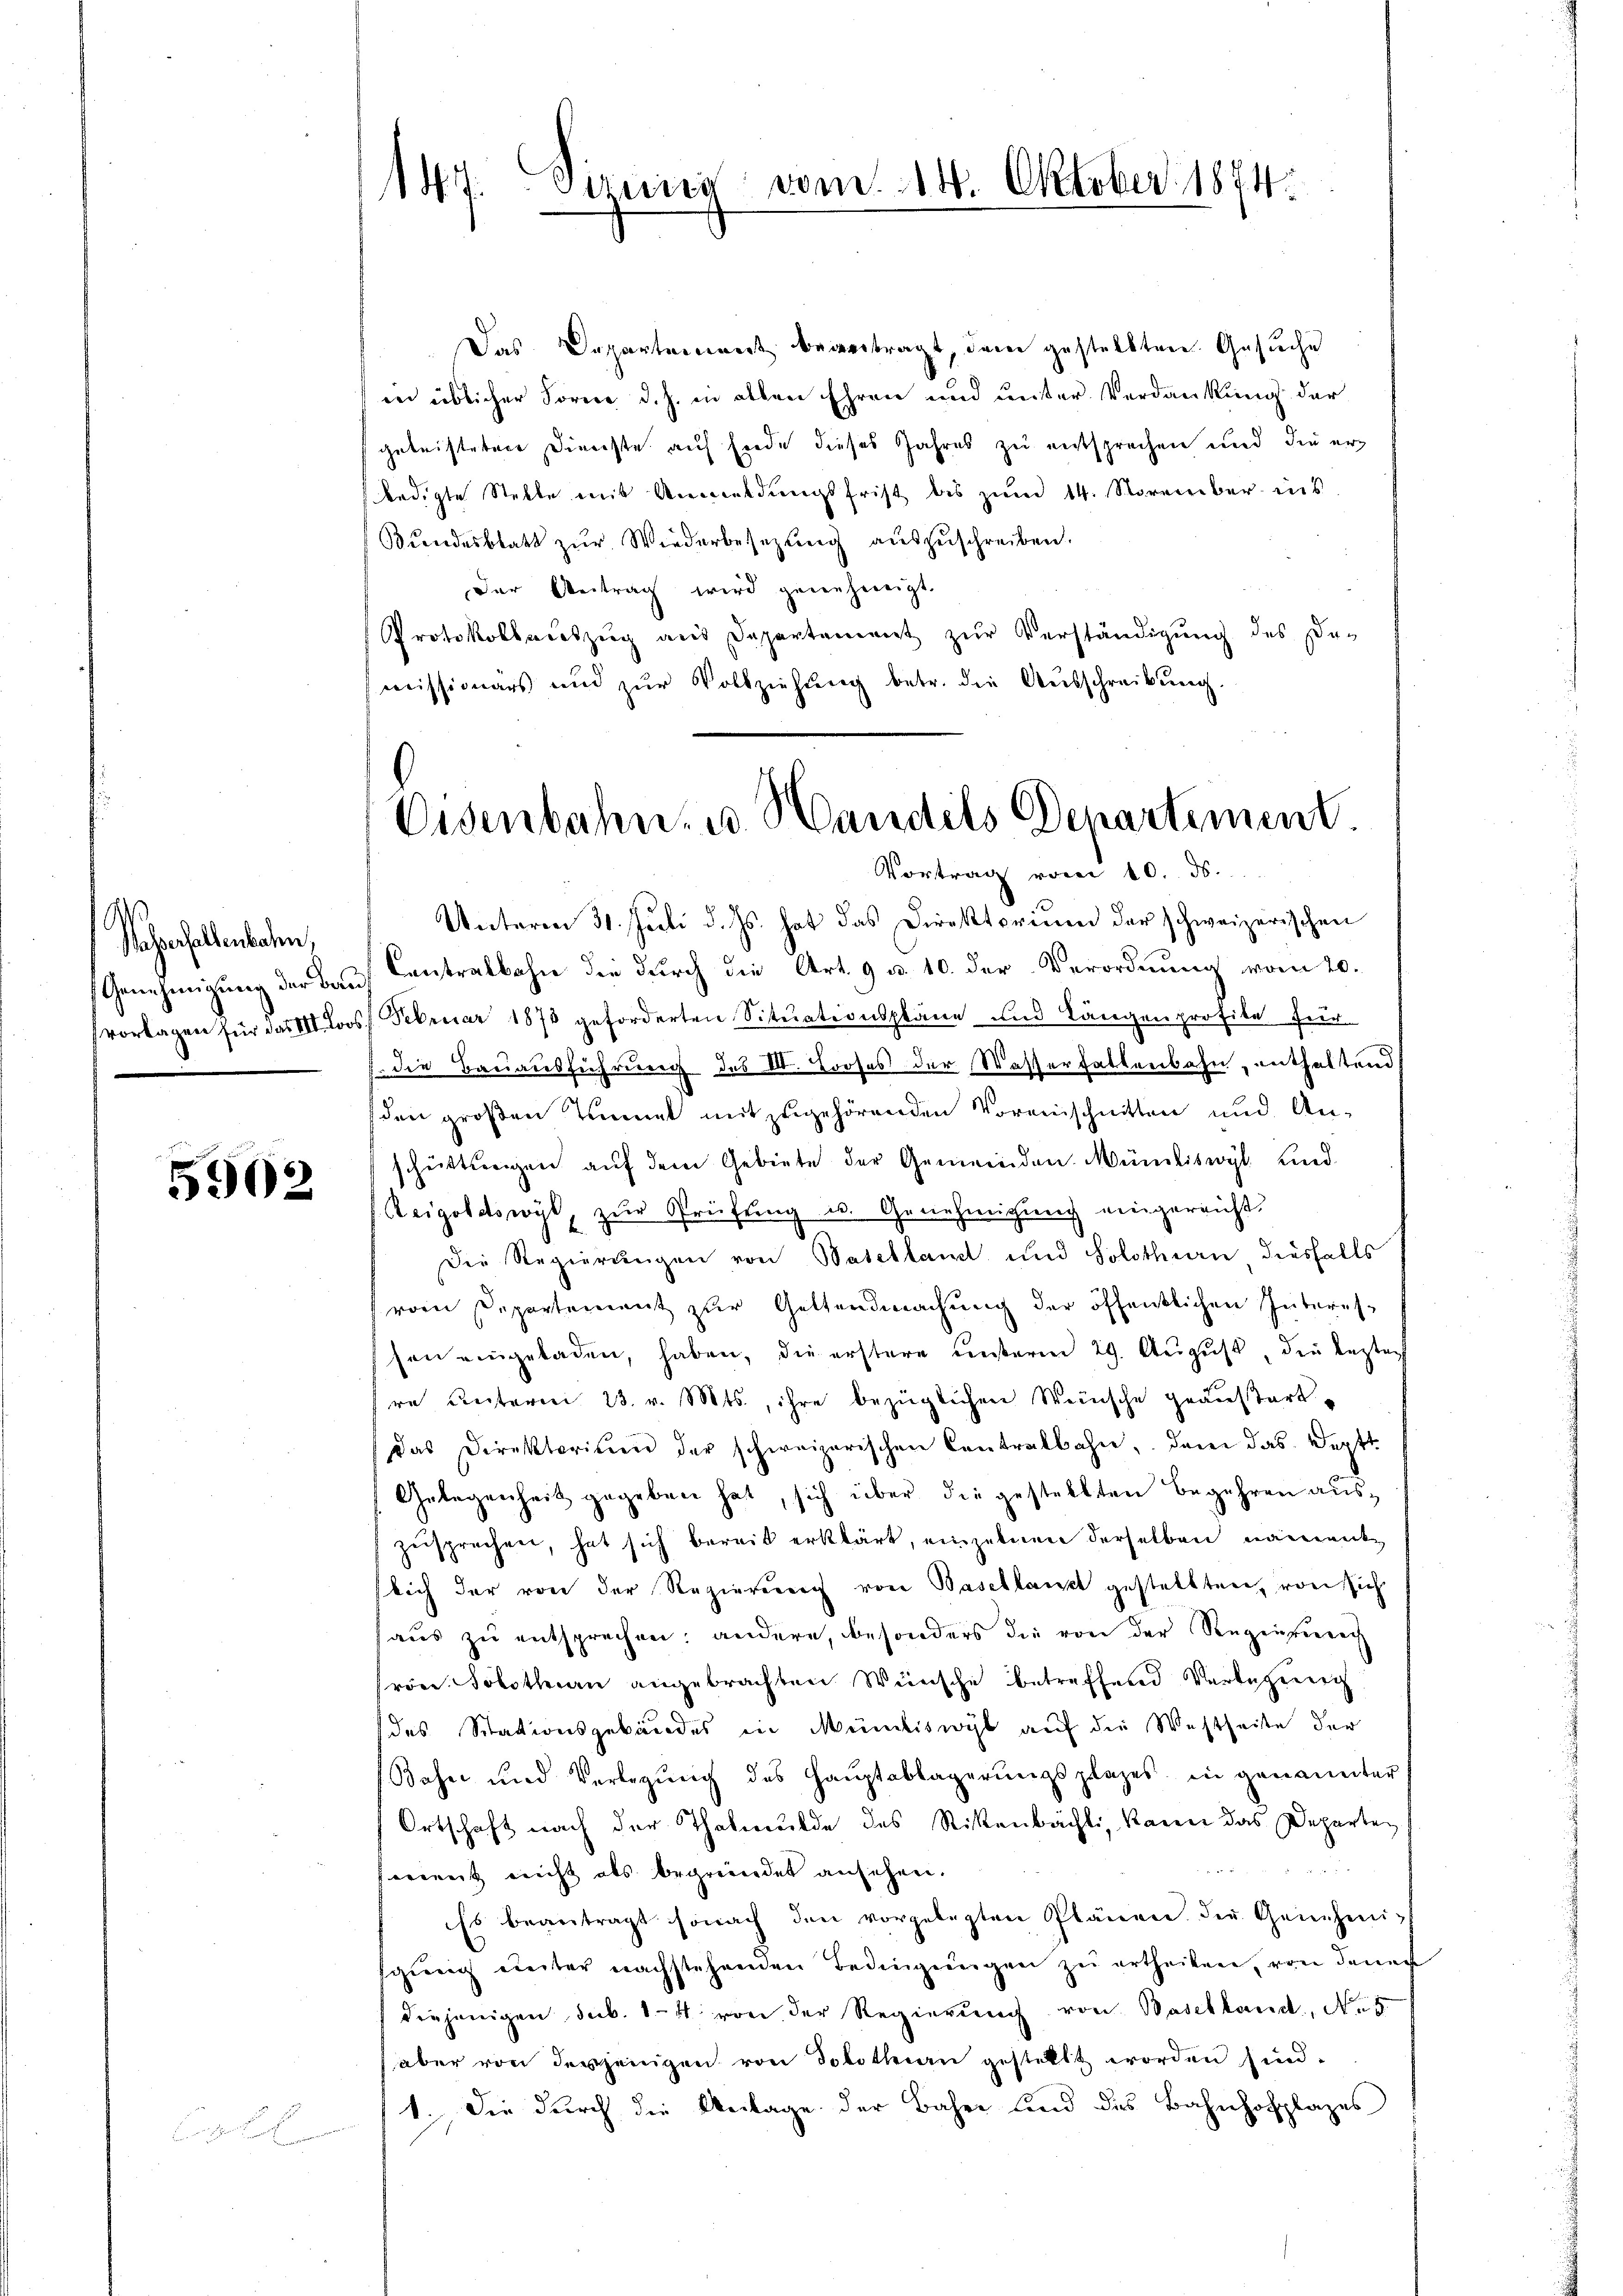
Sacherhellenbachen,

5902

Das Departement bevertragt, dem gestellten Gesuche
in üblicher Forme d. J. in allen Ehren und unter Verdankung der
geleisteten Dienste auf Ende dieses Jahres zu entsprechen und die erledigte Stelle mit Anmeldungsfrist bis zum 14. November ins
Bŭndesblatt zŭr Wiederbesetzŭng aŭszŭschreiben.
Der Antrag wird genehmigt.
Protokollauszug aus Departement zŭr Verständigung des De-
missionärs und zŭr Vollziehung betr. die Ausschreibung.

147. Sizuica vom 14. Oktober 1874.

Eisenbahn- u. Handels Departement.
Vortrag vom 10. ds.

Unterm 31. Juli d. Js. hat das Direktorium der schweizerischen
Genehmigung der Bau Contralbahn die durch die Art. 9 u. 10. der Verordnung vom 20.
vorlagen für das III. Loos 1. Februar 1878 geforderten Sitŭationspläne und Längenprofite für
 die Bauausführung des III. Profes der Wasserhattenbahn, enthaltend
(den großen Tunnel mit zugehörenden Voreinschnitten und An-
schüttungen aŭf dem Gebiete der Gemeinden Münikiswyl und
Zeigoldtswyl, zŭr Prüfŭng u. Genehmigung eingereicht.
Die Regierungen von Basellant und Solothurn diesfalls
vom Departement zur Geltendmachung der öffentlichen Interessen eingeladen, haben, die erstere unserm 29. August, die bestat
sre Leiterm 23. v. Mts., ihre bezüglichen Weinsche geäußertdas Direktorium der schweizerischen Contralbahn, dem das Deptt
Gelegenheit gegeben hat, sich über die gestellten Begehren auszusprechen, hat sich bereit erklärt, einzelnen derselben namentslich der von der Regierung von Basellanzt gestellten, von sich
haus zu entsprechen; andere, besonders die von der Regierung
ron Solothen angebrachten Wünsche betreffend Verlegung
des Stationsgebäudes in Mündiswyl auf die Westseite der
Bahn und Verlegŭng des Haŭptablagerŭngsplages in genannter
Ortschaft nach der Thalmulde des Rikenbächli, kann das Departen
erweit nicht als begründet ansehen.
Es beantragt sonach den vorgelegten Plänen der Genehmisging unter nachstehenden Bedingungen zu ertheilen, von den
diejenigen sub. 14 von der Regierŭng von Baselland, No 5.
aber von derjenigen von Solothurn gestellt worden sind.
1. Die durch die Anlage der Bahre und des Bahnhofplazes